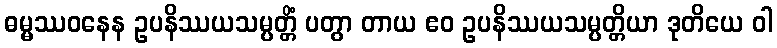
ဓမ္မဿဝနေန ဥပနိဿယသမ္ပတ္တိံ ပတွာ တာယ ဧဝ ဥပနိဿယသမ္ပတ္တိယာ ဒုတိယေ ဝါ